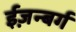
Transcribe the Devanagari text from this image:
ईज़न्बर्ग